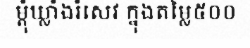
ម្តុំឃ្លាំងរំសេវ ក្នុងតម្លៃ៥០០